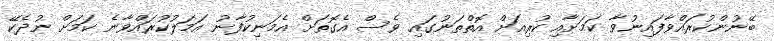
ބޭނުންކުރައްވާފައިނުވާ ކަމަށާއި ކުރިއަށް އޮތްތަނުގައި ވެސް އެގޮތަށް އެމަނިކުފާނު އަމަލުކުރައްވާނެ ކަމަށް ނުދެކޭ